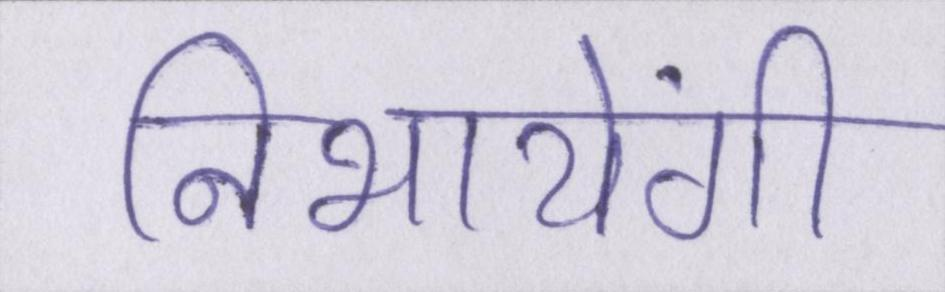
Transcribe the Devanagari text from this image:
निभायेंगी